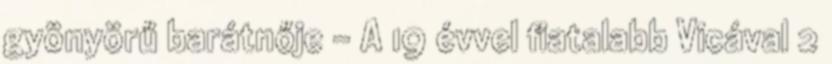
gyönyörű barátnője - A 19 évvel fiatalabb Vicával 2